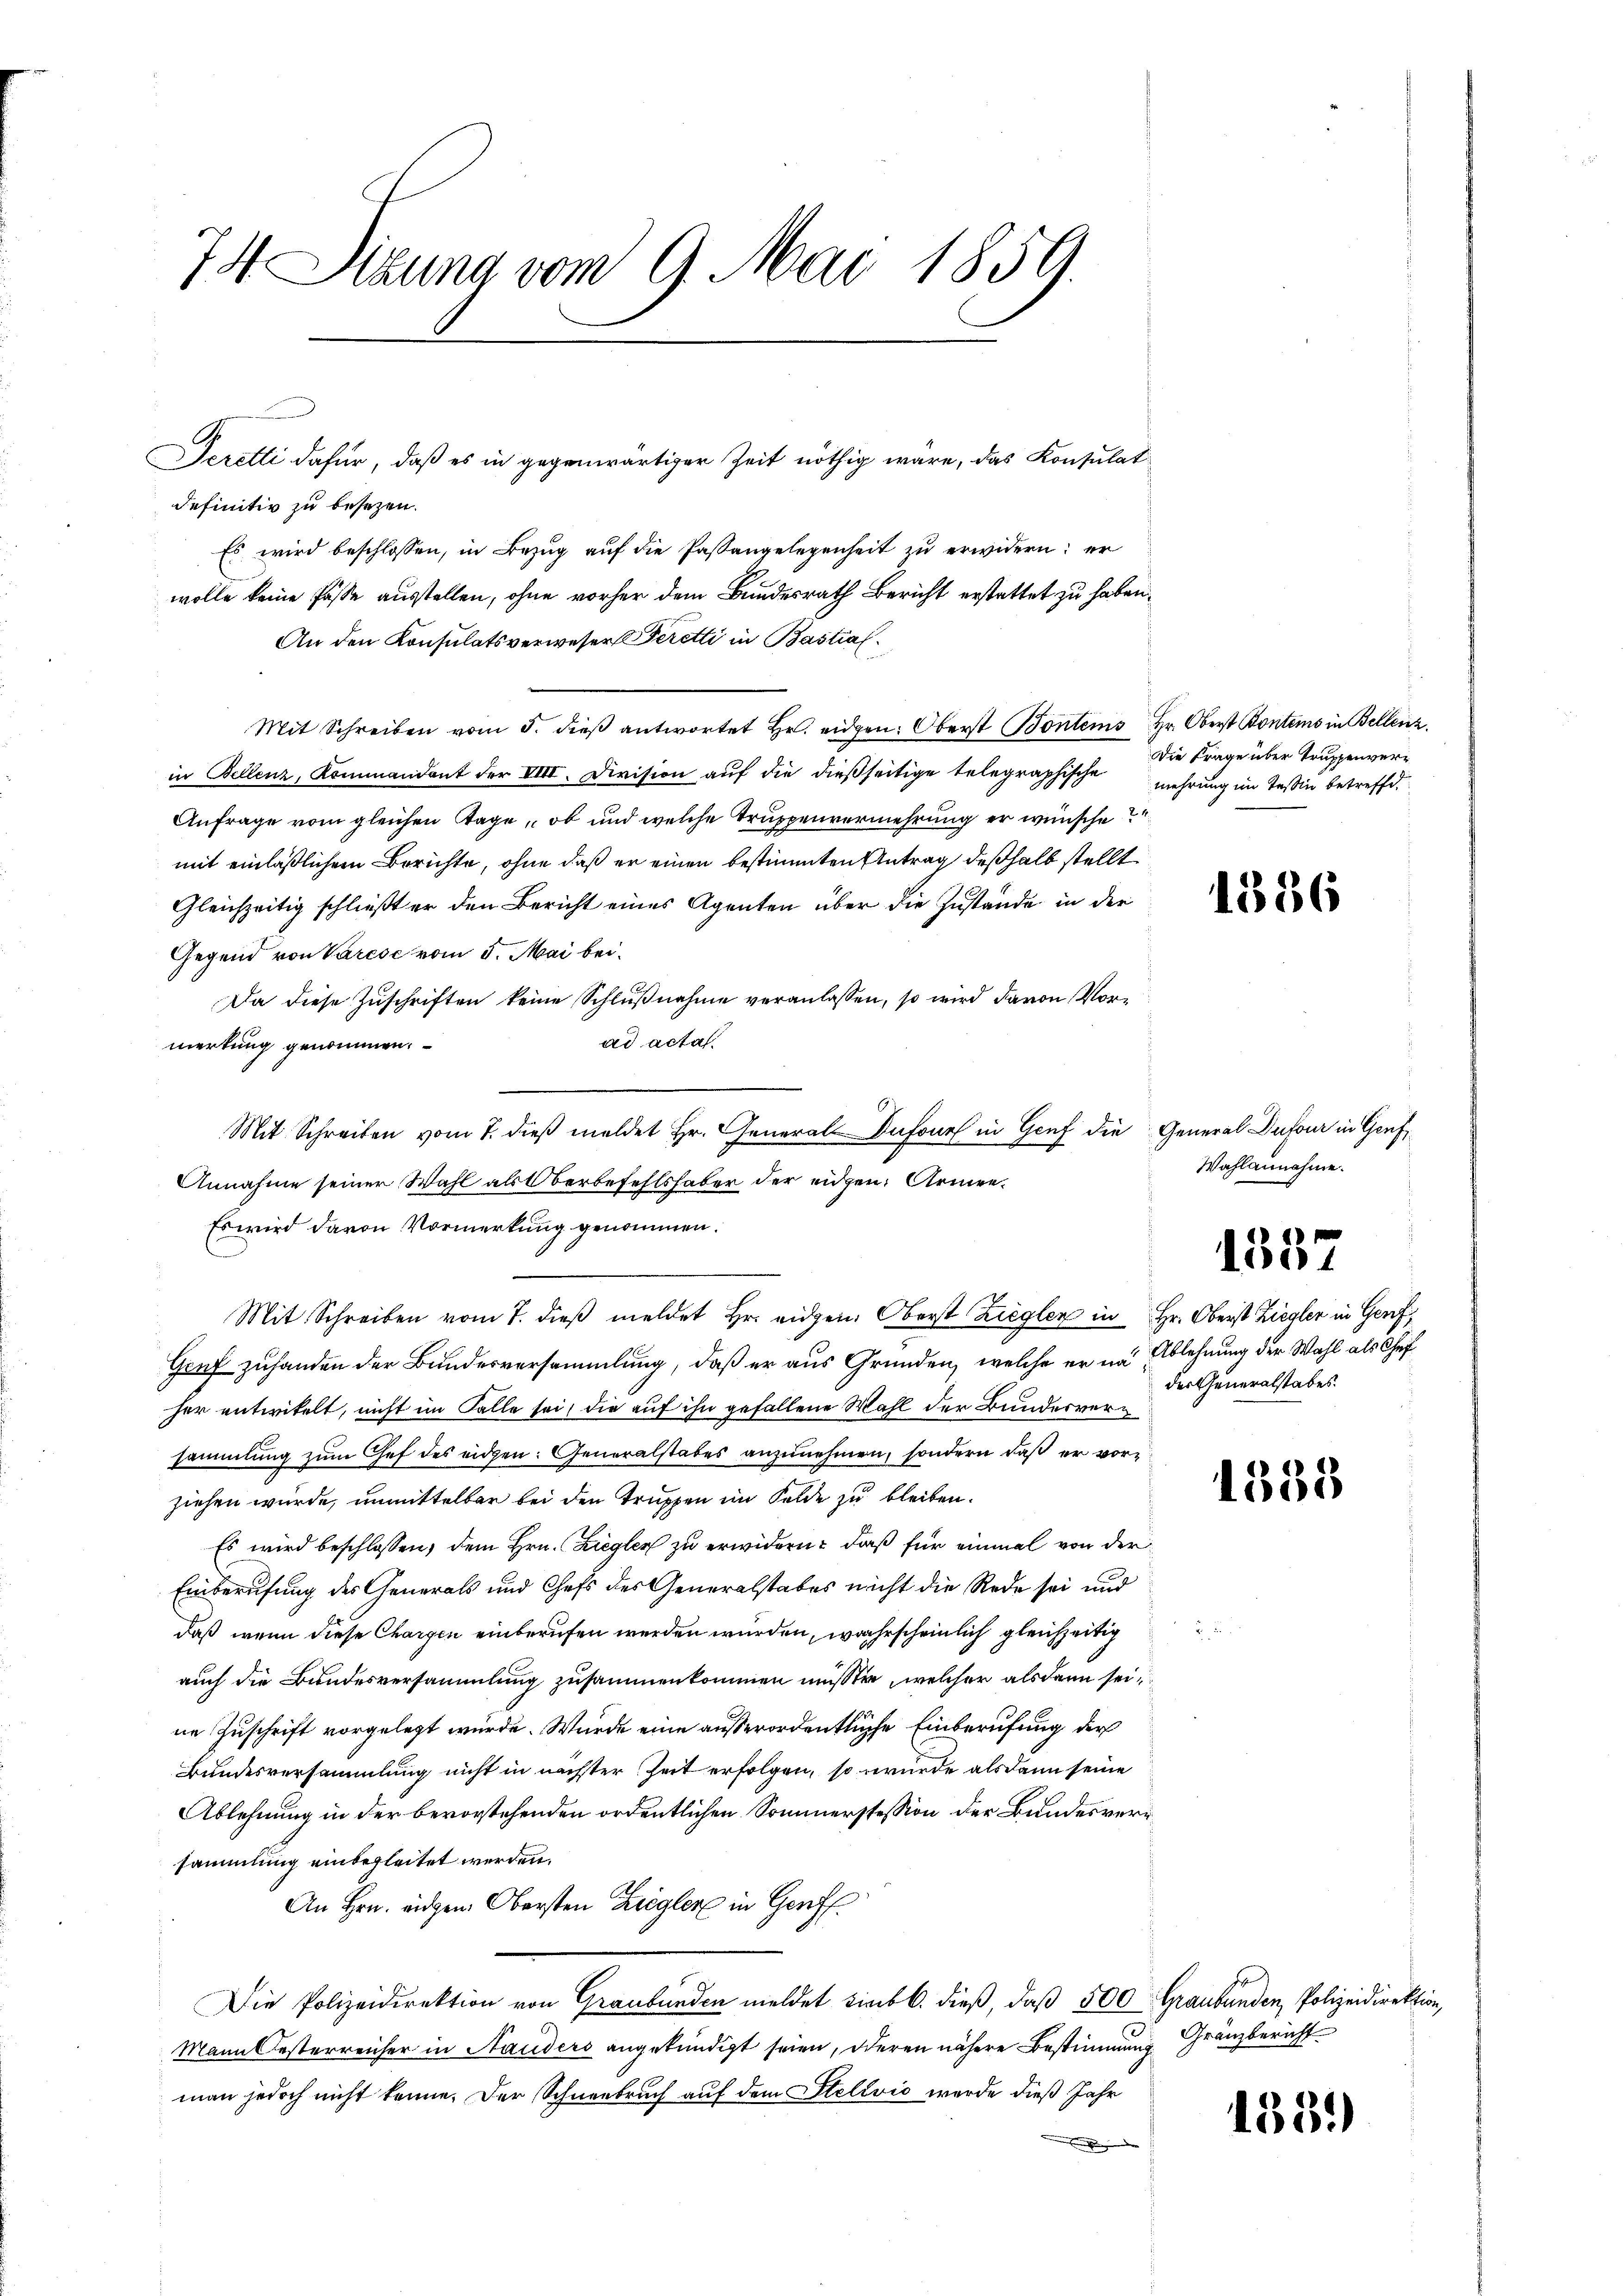
74 Sizung vom 9. Mai 1859.

definitiv zu besezen.
Es wird beschlossen, in Bezug auf die Paßangelegenheit zu erwidern: er
wolle keine Fässe ausstellen, ohne vorher dem Bundesrath Bericht erstattet zu haben.
An den Konsulatsverweser Feretti in Bastial¬
Mit Schreiben vom 5. dieβ antwortet Hr. eidgen. Oberst Bonters Hr. Oberst Kontems in Bellenz,
in Bellenz, Kommandant der VIII. Division auf die dießseitige telegraphische mehrung im Tessin betreffe.
Anfrage vom gleichen Tage, ob und welche Truppenvermehrung er wünsche?
mit einläßlichem Berichte, ohne daß er einen bestimmten Antrag deßhalb stellt
Gleichzeitig schließt er den Bericht eines Agenten über die Zustände in der
Gegend von Varese vom 5. Mai bei¬
Da diese Zuschriften keine Schlŭβnahme veranlassen, so wird davon Vorad acta.
merkung genommen.
Mit Schreiben vom 7. dieβ meldet Hr. General-Dufour in Genf die General Dufour in Genf
Annahme seiner Wahl als Oberbefehlshaber der eidgen. Armen¬
Es wird davon Vormerkung genommen.
Mit Schreiben vom 7. dieβ meldet Hr. eidgen. Oberst Ziegler in Hr. Oberst Ziegler in Genf
Gruf zuhanden der Bundesversammlung, daß er aus Gründen, welche er in Ablehnung der Wahl als Chef
her entwikelt, nicht im Falle sei, die auf ihn gefallene Wahl der Bunderversammlung zum Chef des eidgen: Generalstabes anzunehmen, sondern daß er vorziehen wurde, unmittelbar bei den Truppen im Felde zu bleiben.
Es wird beschlossen, dem Hrn. Ziegler zu erwidern, daß für einmal von der
Einberufung des Generals und Chefs des Generalstabes nicht die Rede sei und
daß wenn diese Chargen einberufen werden würden, wahrscheinlich gleichzeitig
auch die Bundesversammlung zusammenkommen müsste, welcher als dann seine Zuschrift vorgelegt wurde. Wurde eine außerordentliche Einberufung der
Bundesversammlung nicht in nächster Zeit erfolgen, so wurde alsdann seine
Ablehnung in der bevorstehenden ordentlichen Sommerstession der Bundesversammlung einbegleitet werden.
An Hrn. eidgen. Obersten Ziegler in Gerff.
Die Polizeidirektion von Graubünden meldet sieb b. dieß, daß 500 Graubünden, Polizeidirektion,
Mann Oesterreicher in Stauders angekündigt seien, oderen nähere Bestimmung
man jedoch nicht könne. Der Schneebruch auf dem Stellvić wurde dieß Jahr

Seretti dafür, daß es in gegenwärtiger Zeit nöthig wäre, das Konsulat

Die Frage über Truppenver¬

1536

Wahlannahme.

1557

der Generalstabes.

1588

Gränzbericht

1534)